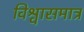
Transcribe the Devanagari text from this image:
विश्वासमात्र